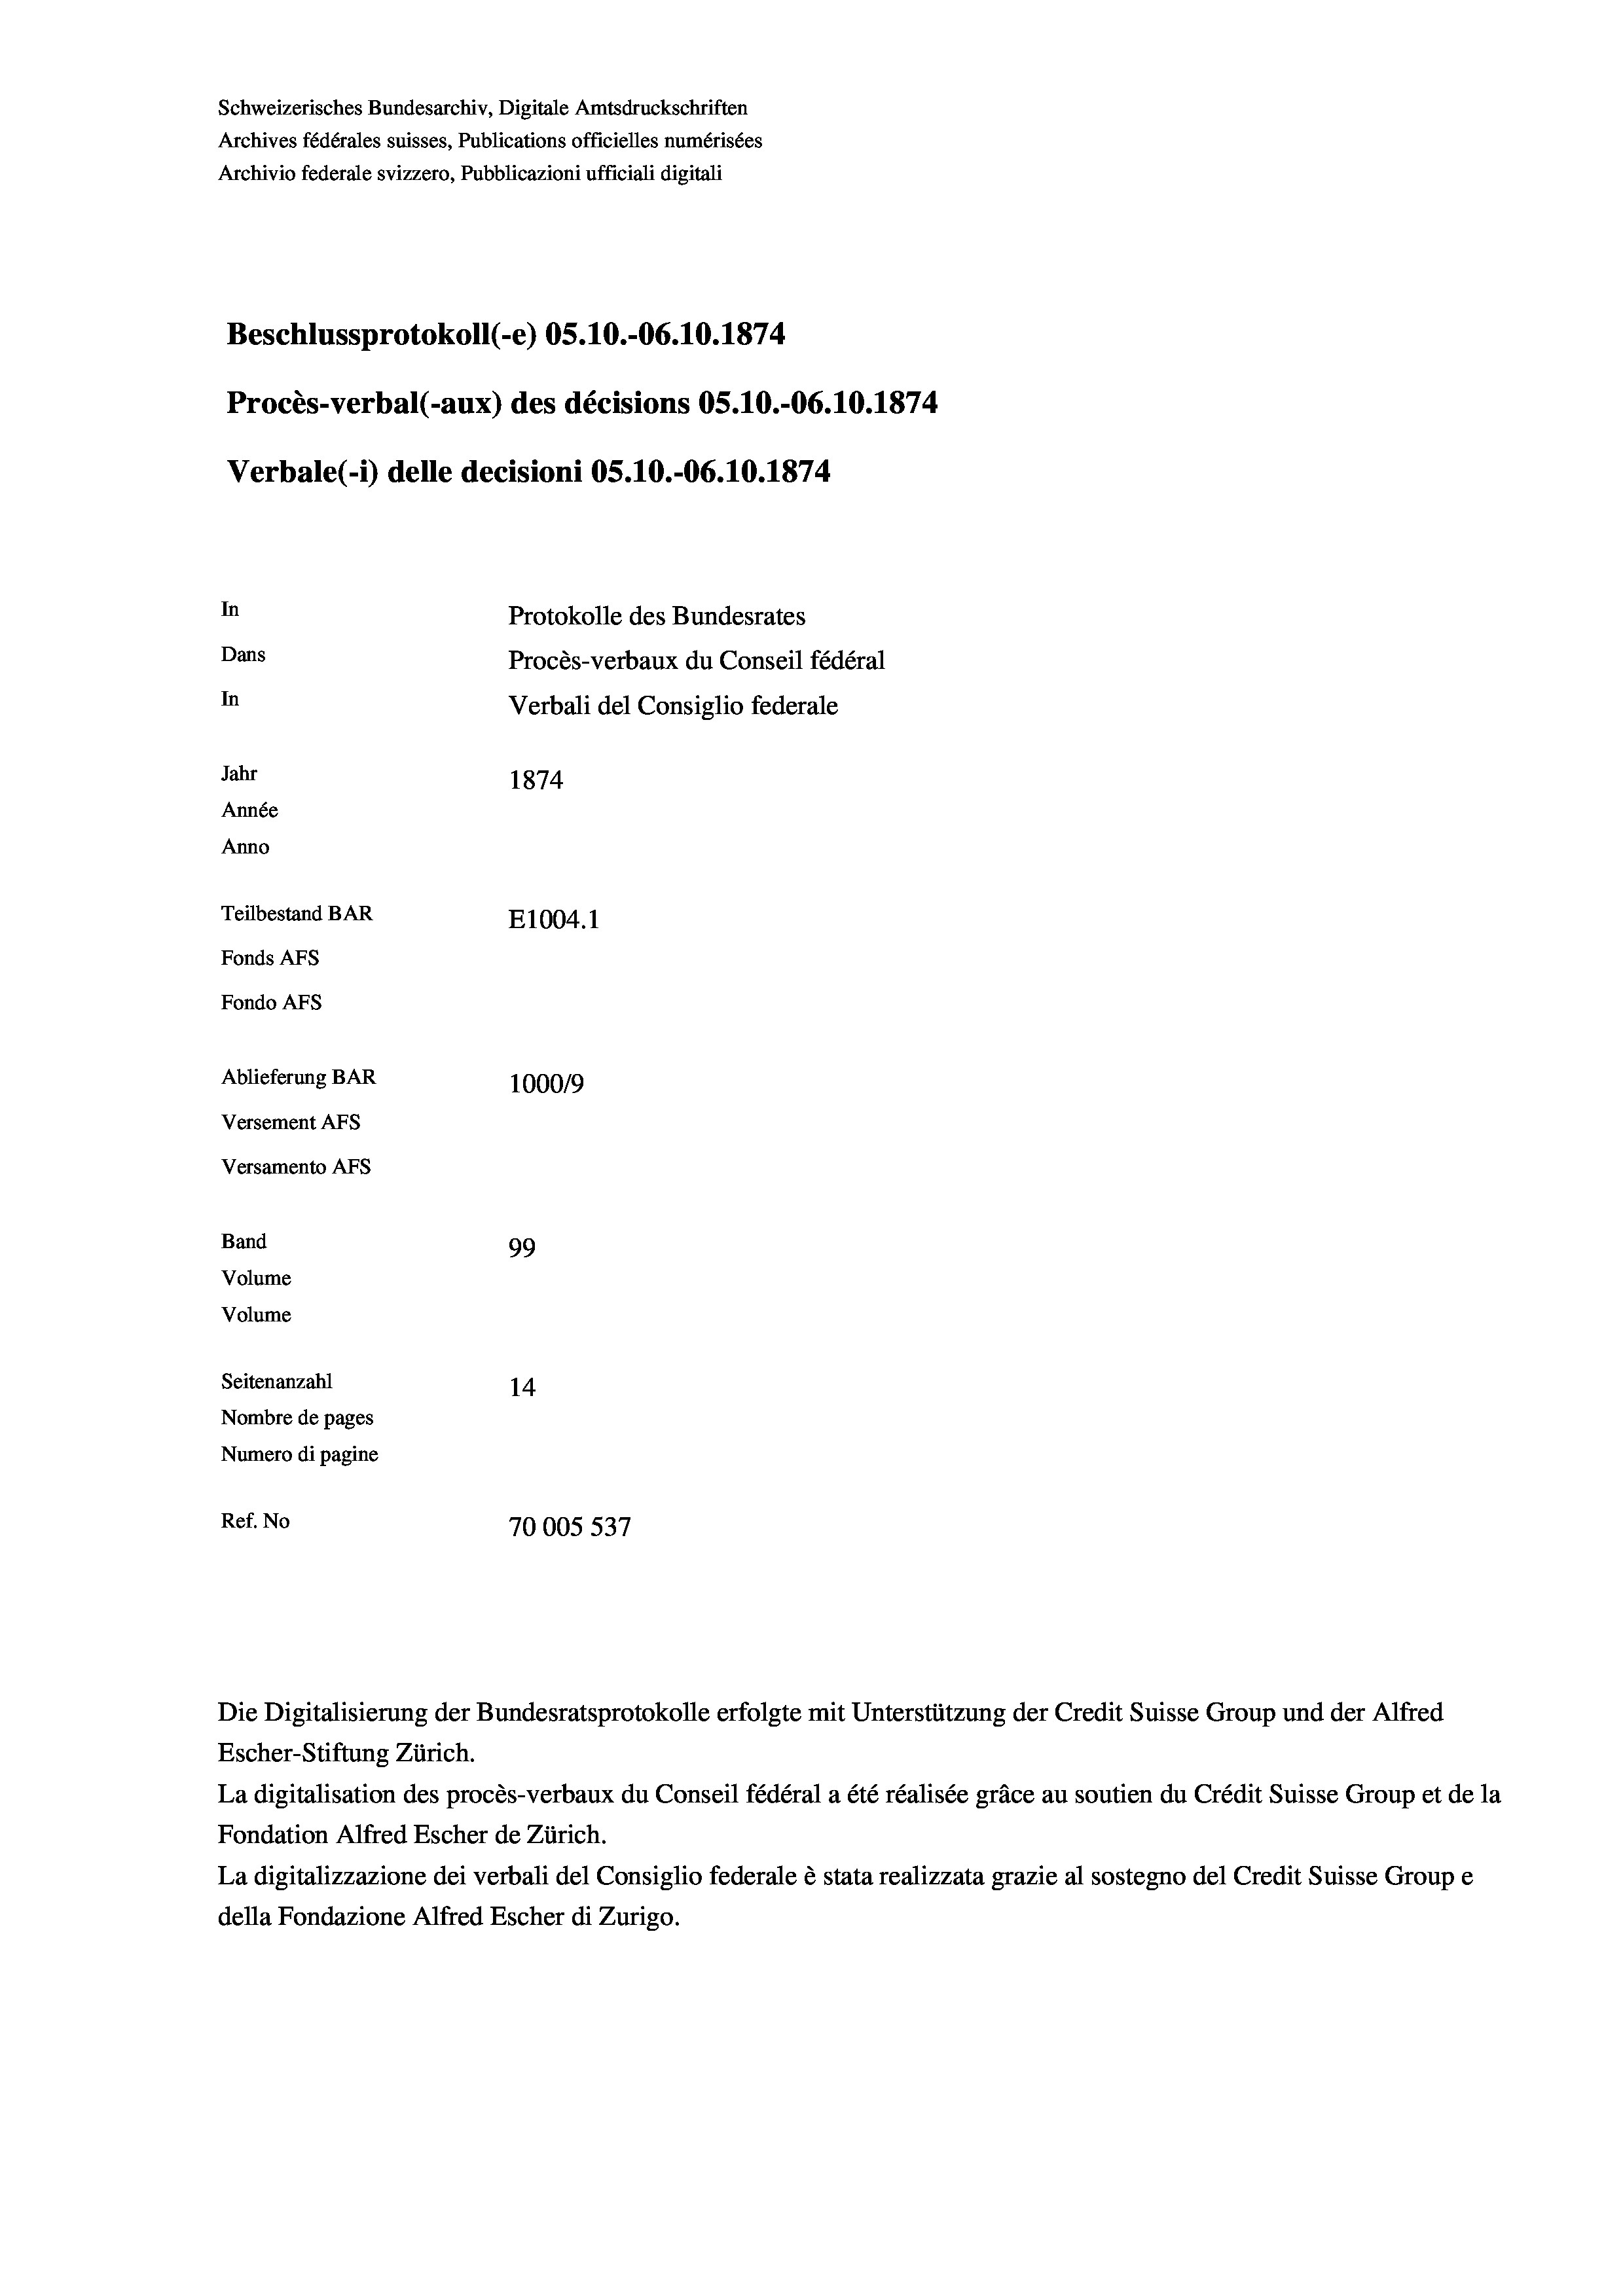
Schweizerisches Bundesarchiv, Digitale Amtsdruckschriften
Archives fédérales suisses, Publications officielles numérisées
Archivio federale svizzero, Pubblicazioni ufficiali digitali
Beschlussprotokoll (-e) OS.10.-06.10.1874
Procès-verbal (-aux) des décisions OS.10.-06.10.1874
Verbale(-*) delle decisioni OS.10.-06.10.1874
In
Protokolle des Bundesrates
Dans
Procès-verbaux du Conseil fédéral
In
Verbali del Consiglio federale
Jahr
1874
Année
Anno
Teilbestand BAR
E1004. 1
Fonds AFs
Fondo AFS
Ablieferung BAR
100019
Versement AFs
Versamento Afs
Band
99
Volume
Volume
Seitenanzahl
14
Nombre de pages
Numero di pagine
Ref. No
70005 537

Die Digitalisierung der Bundesratsprotokolle erfolgte mit Unterstützung der Credit Suisse Group und der Alfred
Escher-Stiftung Zürich.
La digitalisation des procès-verbaux du Conseil fédéral a été réalisée gräce au soutien du Crédit Suisse Group et de la
Fondation Alfred Escher de Zürich.
La digitalizzazione dei verbali del Consiglio federale è stata realizzata grazie al sostegno del Credit Suisse Groupe
della Fondazione Alfred Escher di Zurigo.